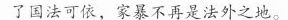
了国法可依，家暴不再是法外之地。